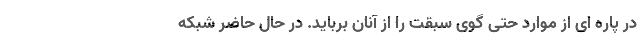
در پاره ای از موارد حتی گوی سبقت را از آنان برباید. در حال حاضر شبکه